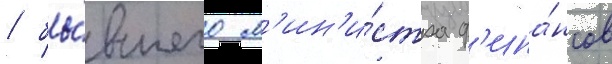
/ бы́вшего м'ин'и́стра ф'ина́нсов